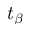
t _ { \beta }